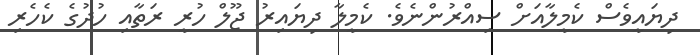
ދިޔައީވެސް ކެމީލާއަށް ސިއްރުންނެވެ. ކެމީލާ ދިޔައިރު ޖޫލް ހުރީ ރަތާއި ހުދުގެ ކެހެރި